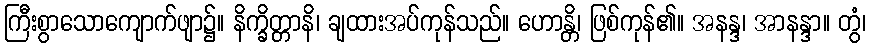
ကြီးစွာသောကျောက်ဖျာ၌။ နိက္ခိတ္တာနိ၊ ချထားအပ်ကုန်သည်။ ဟောန္တိ၊ ဖြစ်ကုန်၏။ အနန္ဒ၊ အာနန္ဒာ။ တွံ၊